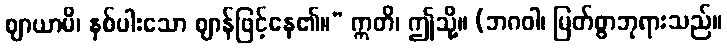
ဈာယာမိ၊ နှစ်ပါးသော ဈာန်ဖြင့်နေ၏။” ဣတိ၊ ဤသို့။ (ဘဂဝါ၊ မြတ်စွာဘုရားသည်။